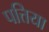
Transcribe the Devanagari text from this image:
पत्तिया